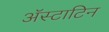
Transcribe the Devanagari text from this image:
अॅस्टाटिन